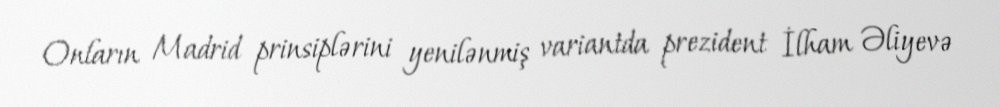
Onların Madrid prinsiplərini yenilənmiş variantda prezident İlham Əliyevə